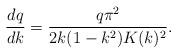
LaTeX: \begin{align*}\frac{dq}{dk}=\frac{q\pi^2}{2k(1-k^2)K(k)^2}.\end{align*}